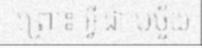
ព្រោះ អ្វី ជា បច្ច័យ